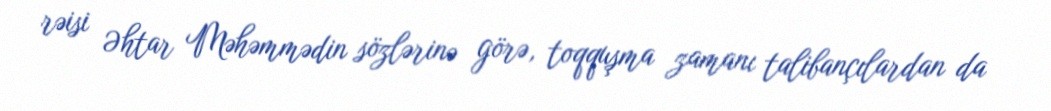
rəisi Əhtar Məhəmmədin sözlərinə görə, toqquşma zamanı talibançılardan da